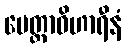
မေတ္တာဝိဟာရီနံ